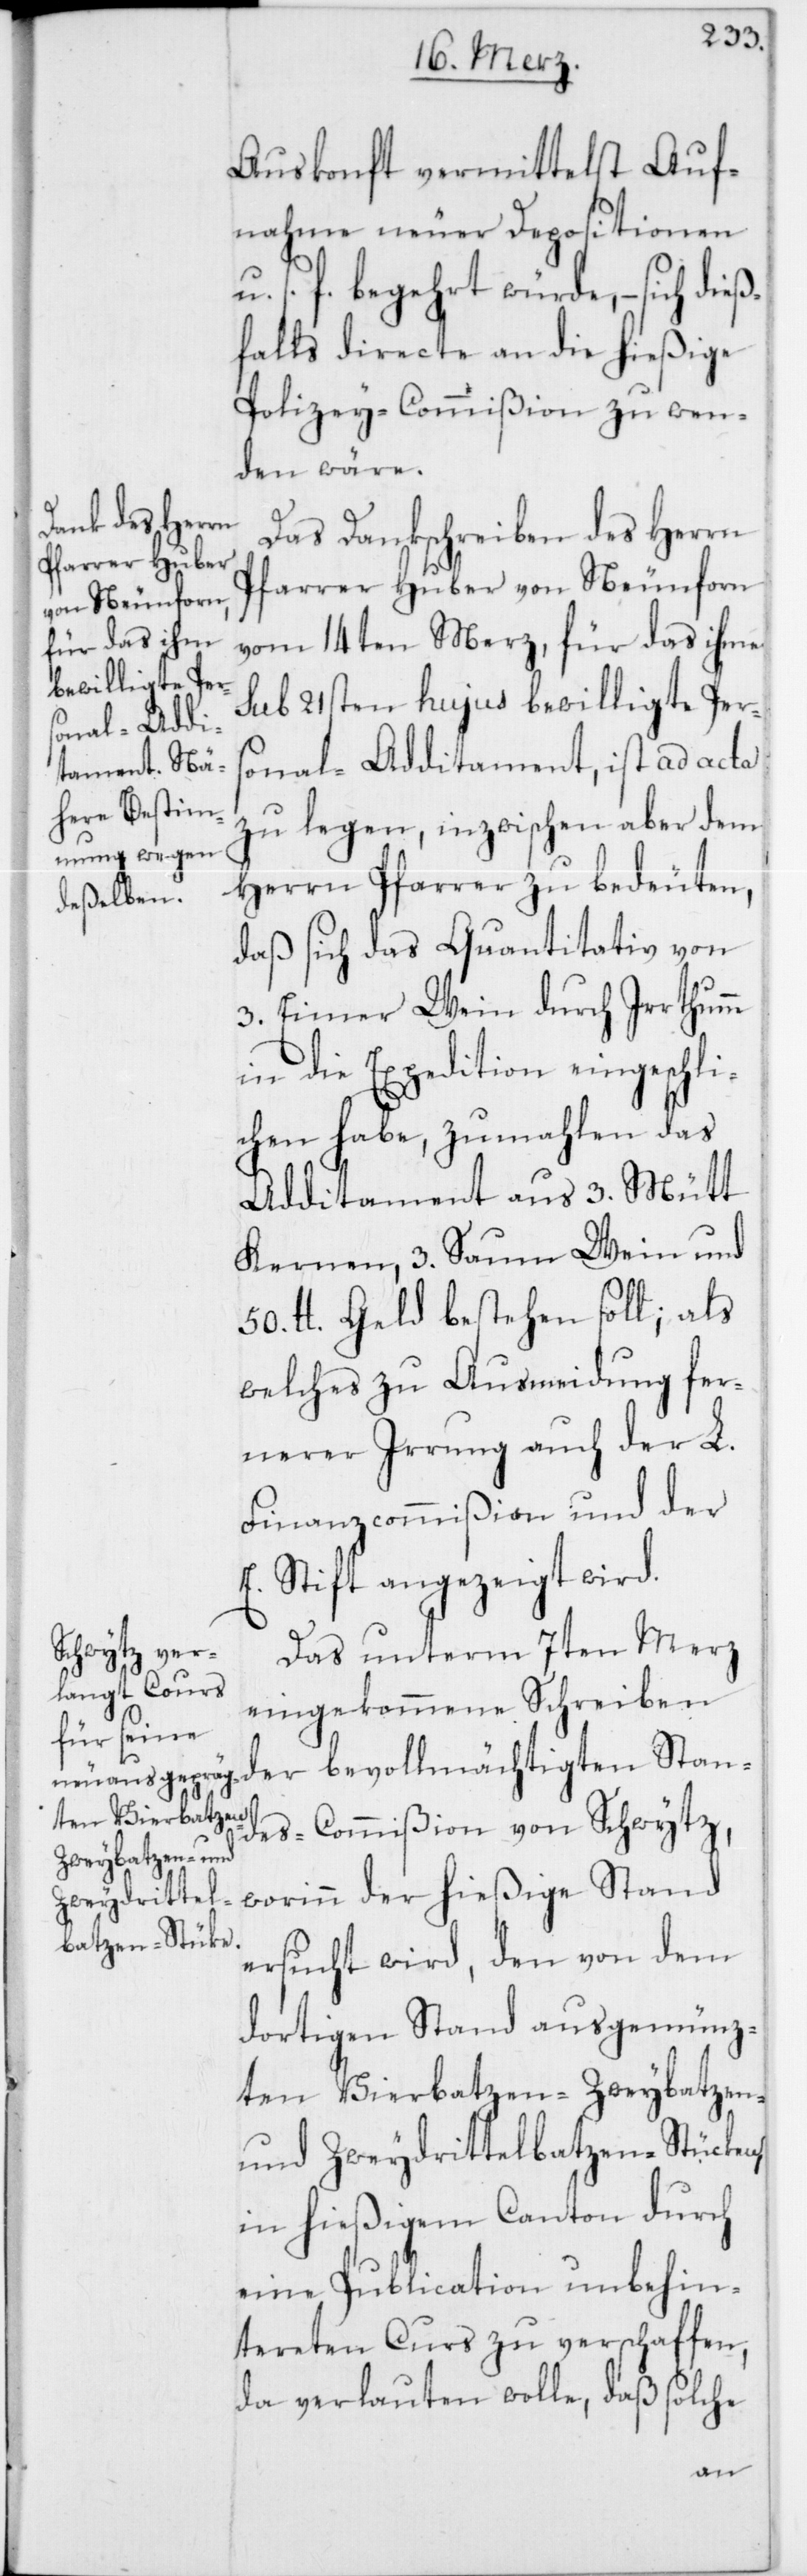
Auskonft vermittelst Auf¬
nahme neuer Depositionen
u. s. f. begehrt würde, – sich dieß¬
falls directe an die hießige
Polizey-Commißion zu wen¬
den wäre.
Das Dankschreiben des Herrn
Pfarrer Huber von Neunforn
vom 14ten Merz, für das ihme
sub 21sten hujus bewilligte Pers¬
onal-Additamtent, ist ad acta
zu legen, inzwischen aber dem
Herrn Pfarrer zu bedeuten,
daß sich das Quantitativ von
3. Eimer Wein durch Irrthumm
in die Expedition eingeschli¬
chen habe, zumahlen das
Additament aus 3. Mütt
Kernen, 3. Saum Wein und
50. lb Geld bestehen soll; als
welches zu Ausmeidung fer¬
nerer Irrung auch der L.
Finanzcommißion und der
E. Stift angezeigt wird.
Das unterm 7ten Merz
eingekommene Schreiben
der bevollmächtigten Stan¬
des-Commißion von Schwytz,
worinn der hießige Stand
ersucht wird, den von dem
dortigen Stand ausgemünz¬
ten Vierbatzen-[,] Zweybatzen-
und Zweydrittelbatzen-Stücken
in hießigem Canton durch
eine Publication unbehin¬
dereten Curs zu verschaffen,
da verlauten wolle, daß solche